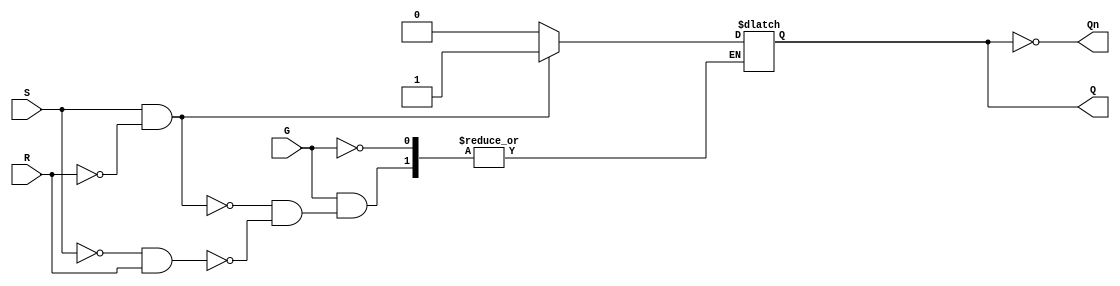
module GatedSRLatch (
    input wire S,      // Set input
    input wire R,      // Reset input
    input wire G,      // Gate input
    output reg Q,      // Output Q
    output wire Qn     // Complement of Q
);

    assign Qn = ~Q; // Q' is the complement of Q

    always @ (G or S or R) begin
        if (G) begin
            if (S && !R) begin
                Q <= 1'b1; // Set condition
            end else if (!S && R) begin
                Q <= 1'b0; // Reset condition
            end
            // If both S and R are low, retain state (no change)
            // If both S and R are high, it leads to undefined state (not handled here)
        end
        // When G is low, maintain current state (do nothing)
    end

endmodule